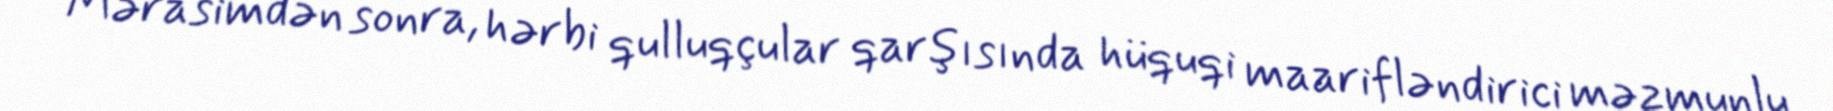
Mərasimdən sonra, hərbi qulluqçular qarşısında hüquqi maarifləndirici məzmunlu